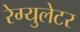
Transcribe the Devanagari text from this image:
रेग्‍युलेटर